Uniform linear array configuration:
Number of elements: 64
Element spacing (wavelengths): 0.75
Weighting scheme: exponential
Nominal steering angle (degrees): -30
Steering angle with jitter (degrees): -29.795
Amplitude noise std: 0.05
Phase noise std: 0.05

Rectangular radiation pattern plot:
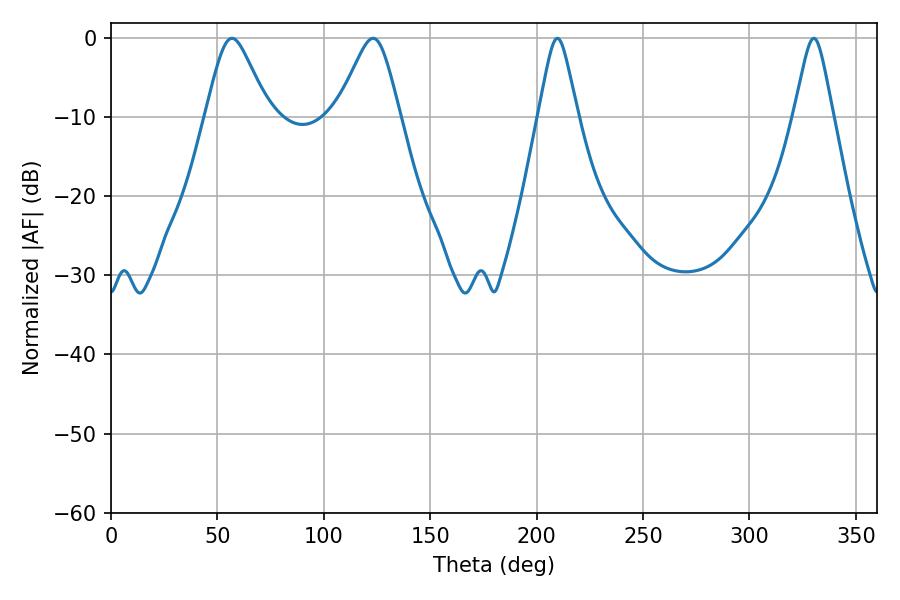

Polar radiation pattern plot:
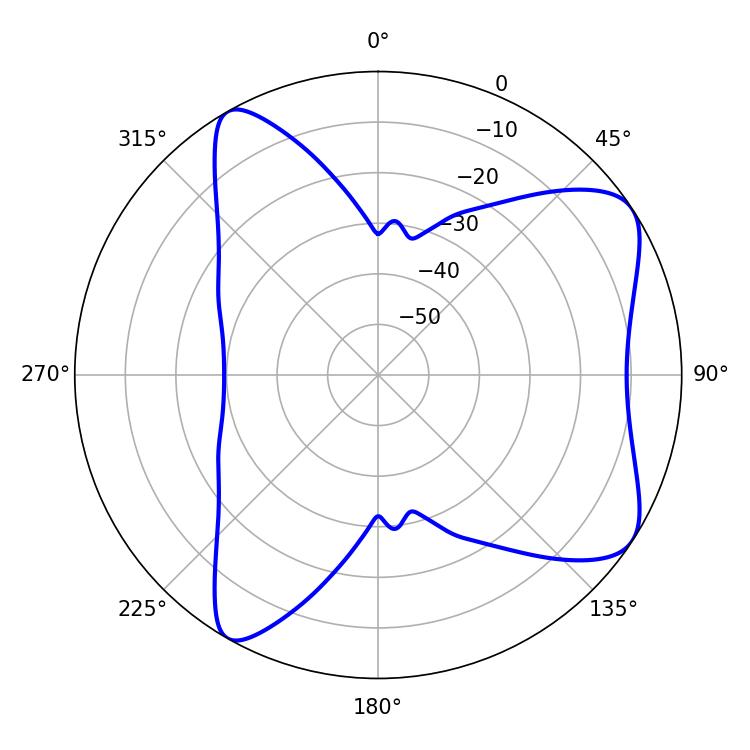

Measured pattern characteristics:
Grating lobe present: TRUE
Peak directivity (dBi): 7.552
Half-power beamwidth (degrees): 14.4
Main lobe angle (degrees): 56.88